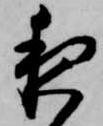
夜